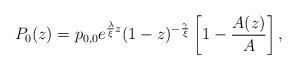
LaTeX: \begin{align*}P_{0}(z) = p_{0,0} e^{ \frac{\lambda}{\xi} z} (1-z)^{-\frac{\gamma}{\xi}}\left[ 1 - \dfrac{A(z)}{A} \right],\end{align*}